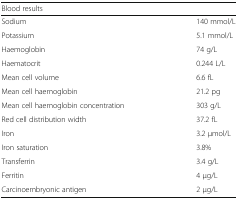
| <COLSPAN=2> Blood results |
 | --- | --- |
 | Sodium | 140 mmol/L |
 | Potassium | 5.1 mmol/L |
 | Haemoglobin | 74 g/L |
 | Haematocrit | 0.244 L/L |
 | Mean cell volume | 6.6 fL |
 | Mean cell haemoglobin | 21.2 pg |
 | Mean cell haemoglobin concentration | 303 g/L |
 | Red cell distribution width | 37.2 fL |
 | Iron | 3.2 μmol/L |
 | Iron saturation | 3.8% |
 | Transferrin | 3.4 g/L |
 | Ferritin | 4 μg/L |
 | Carcinoembryonic antigen | 2 μg/L |